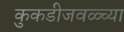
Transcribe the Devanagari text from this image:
कुकडीजवळ्च्या